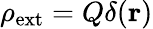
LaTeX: \rho_{\mathrm{{ext}}}=Q\delta(\mathbf{r})